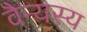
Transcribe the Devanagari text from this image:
वैन्यस्य